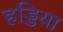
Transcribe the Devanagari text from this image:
हड्डिया